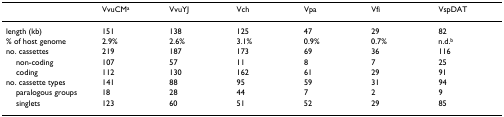
|  | VvuCMa | VvuYJ | Vch | Vpa | Vfi | VspDAT |
 | --- | --- | --- | --- | --- | --- | --- |
 | length (kb) | 151 | 138 | 125 | 47 | 29 | 82 |
 | % of host genome | 2.9% | 2.6% | 3.1% | 0.9% | 0.7% | n.d.b |
 | no. cassettes | 219 | 187 | 173 | 69 | 36 | 116 |
 | non-coding | 107 | 57 | 11 | 8 | 7 | 25 |
 | coding | 112 | 130 | 162 | 61 | 29 | 91 |
 | no. cassette types | 141 | 88 | 95 | 59 | 31 | 94 |
 | paralogous groups | 18 | 28 | 44 | 7 | 2 | 9 |
 | singlets | 123 | 60 | 51 | 52 | 29 | 85 |